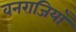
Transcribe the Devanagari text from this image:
वनराजियाँ